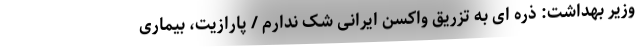
وزیر بهداشت: ذره ای به تزریق واکسن ایرانی شک ندارم / پارازیت، بیماری